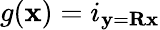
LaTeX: g(\textbf{x})=i_{\textbf{y}=\textbf{R}\textbf{x}}